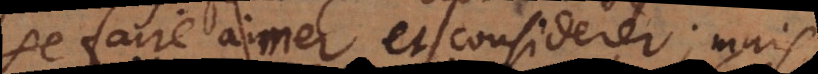
se faire aimer et considerer; mais